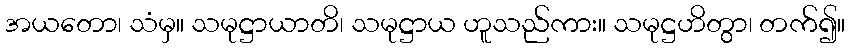
အယတော၊ သံမှ။ သမုဋ္ဌာယာတိ၊ သမုဋ္ဌာယ ဟူသည်ကား။ သမုဋ္ဌဟိတွာ၊ တက်၍။